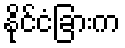
နိုင်ငံခြားက